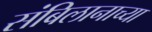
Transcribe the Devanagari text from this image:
संबिलानाच्या